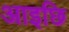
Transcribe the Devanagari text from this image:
आइछि